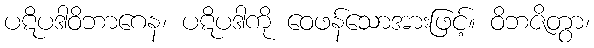
ပဋိပဒါဝိဘာဂေန၊ ပဋိပဒါကို ဝေဖန်သောအားဖြင့်။ ဝိဘဇိတွာ၊